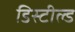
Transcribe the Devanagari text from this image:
डिस्टील्ड